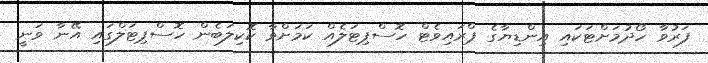
ފަރުވާ ހޯދުމަށްޓަކައި އިންޑިޔާގެ ޕްރައިވެޓް ހޮސްޕިޓަލެއް ކަމަށްވާ ކޮކިލަބެން ހޮސްޕިޓަލްގައި އޭނާ ވަނީ